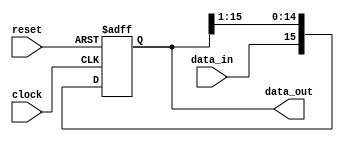
module ShiftRegister
(
	//input 
	clock,
	reset,
	data_in,
	//output reg[15:0]
	data_out
);

parameter data_size = 16;

input clock;
input reset;
input data_in;
output reg[data_size-1:0]data_out;

always@(posedge clock or negedge reset)
if(!reset)
  data_out <= 0;
else
  data_out <= {data_in, data_out[data_size-1:1]};

endmodule